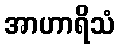
အာဟာရိသံ